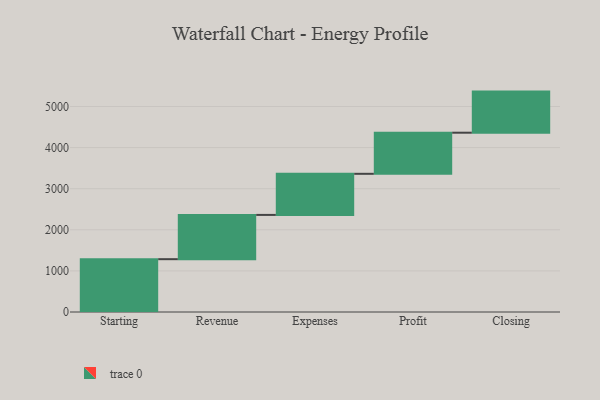
{"axis": {"x": "Step", "y": "Value"}, "legend": [""], "data": [{"x": "Starting", "y": 1285.0, "type": ""}, {"x": "Revenue", "y": 1077.0, "type": ""}, {"x": "Expenses", "y": 1000, "type": ""}, {"x": "Profit", "y": 1000, "type": ""}, {"x": "Closing", "y": 1000, "type": ""}]}